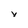
Character: v